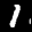
Label: 1